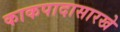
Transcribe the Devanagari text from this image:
काकपादासारखे